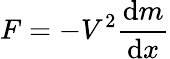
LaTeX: F=-V^{2}\frac{\textrm{d}m}{\textrm{d}x}